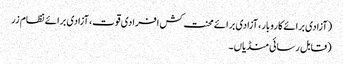
(آزادی برائے کاروبار، آزادی برائے محنت کش افرادی قوت، آزادی برائے نظام زر
(قابل رسائی منڈیاں۔